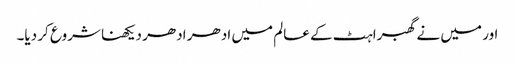
اور میں نے گھبراہٹ کے عالم میں ادھر ادھر دیکھنا شروع کر دیا۔